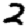
Digit: 2